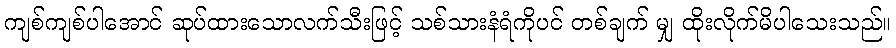
ကျစ်ကျစ်ပါအောင် ဆုပ်ထားသောလက်သီးဖြင့် သစ်သားနံရံကိုပင် တစ်ချက် မျှ ထိုးလိုက်မိပါသေးသည်။